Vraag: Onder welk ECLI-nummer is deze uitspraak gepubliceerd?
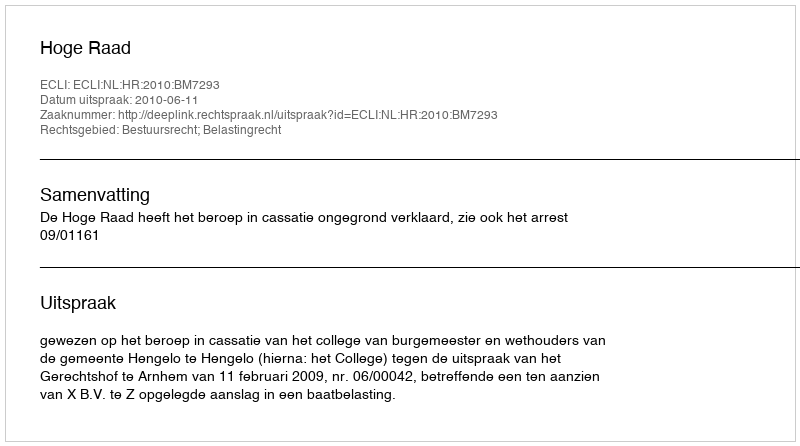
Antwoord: ECLI:NL:HR:2010:BM7293